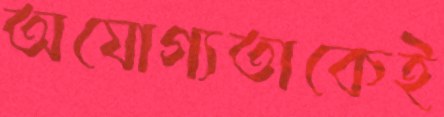
অযোগ্যতাকেই